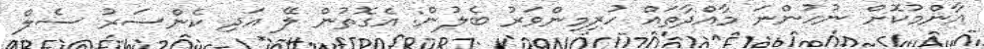
އާންމުކޮށް ނުހުންނަ މާއްދާތައް ހުރިމިންވަރު ބެލުން: އެގޮތުން ލޭ އަދި ކެންސަރު ސެލް